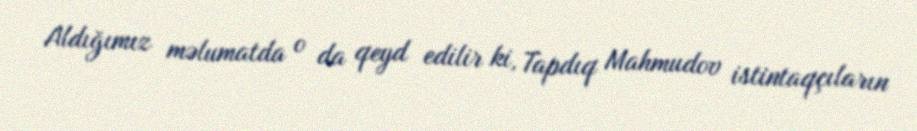
Aldığımız məlumatda o da qeyd edilir ki, Tapdıq Mahmudov istintaqçıların